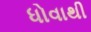
ધોવાથી